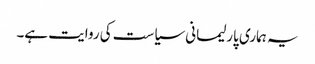
یہ ہماری پارلیمانی سیاست کی روایت ہے۔